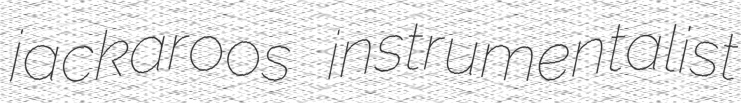
jackaroos instrumentalist